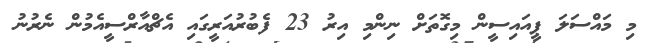
މި މައްސަލަ ޕީއައިސީން މިގޮތަށް ނިންމި އިރު 23 ފެބުރުއަރީގައި އެޗްއާރްސީއެމުން ނެރުނު